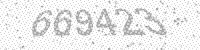
Solution: 669423